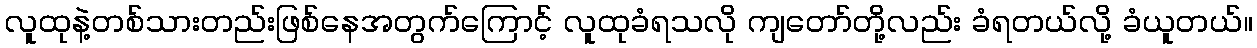
လူထုနဲ့တစ်သားတည်းဖြစ်နေအတွက်ကြောင့် လူထုခံရသလို ကျတော်တို့လည်း ခံရတယ်လို့ ခံယူတယ်။